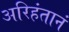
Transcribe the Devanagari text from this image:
अरिहंतानं